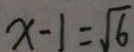
x - 1 = \sqrt { 6 }